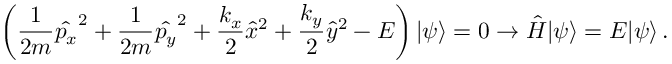
\left( \frac { 1 } { 2 m } \hat { p _ { x } } ^ { 2 } + \frac { 1 } { 2 m } \hat { p _ { y } } ^ { 2 } + \frac { k _ { x } } { 2 } \hat { x } ^ { 2 } + \frac { k _ { y } } { 2 } \hat { y } ^ { 2 } - E \right) \vert \psi \rangle = 0 \rightarrow \hat { H } \vert \psi \rangle = E \vert \psi \rangle \, .